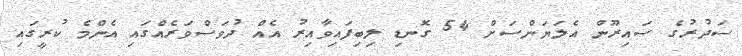
ސަދުރުގެ ސައިރޫން އެލަޔަންސަށް 54 ގޮނޑި ލިބިފައިވާއިރު އެއް ދުވަސްވަރެއްގައި އެންމެ ކުރީގައި